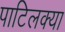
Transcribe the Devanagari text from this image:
पाटिलक्या